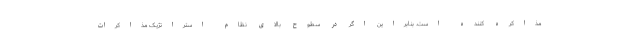
مذاکره کننده است. بنابراین اگر در سطوح بالای نظام استراتژیک مذاکرات